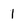
Character: 1